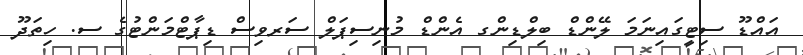
އައްޑޫ ސިޓީގައިނަމަ ލޭންޑް ބިލްޑިންގ އެންޑް މުނިސިޕަލް ސަރވިސް ޑިޕާޓްމަންޓުގެ ސ. ހިތަދޫ